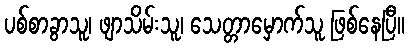
ပစ်စာခွာသူ၊ ဖျာသိမ်းသူ၊ သေတ္တာမှောက်သူ ဖြစ်နေပြီ။